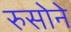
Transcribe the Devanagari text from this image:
रुसोने